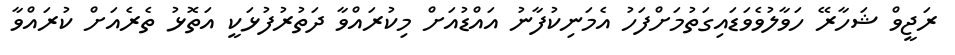
ރަޖީވް ޝަހާރޭ ހަވާލުވެވަޑައިގަތުމަށްފަހު އެމަނިކުފާނު އައްޑުއަށް މިކުރައްވާ ދަތުރުފުޅަކީ އަތޮޅު ތެރެއަށް ކުރައްވާ